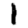
Digit: 1